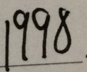
1 9 9 8